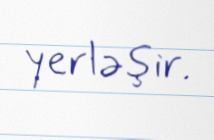
yerləşir.